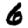
Digit: 6